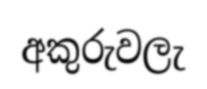
අකුරුවලැ